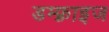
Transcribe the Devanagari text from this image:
डम्फ़्राइज